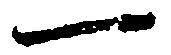
一